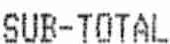
SUB-TOTAL